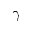
\gamma